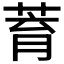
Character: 𦱀